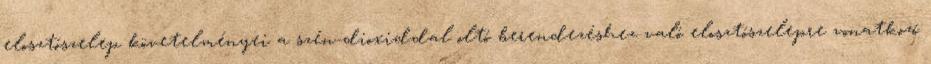
elosztószelep követelményei a szén-dioxiddal oltó berendezéshez való elosztószelepre vonatkozó